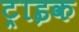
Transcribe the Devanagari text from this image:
ट्राइक